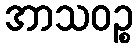
အာသဝဉ္စ